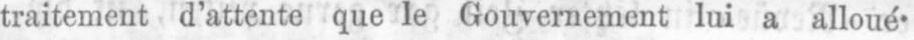
traitement d’attente que le Gouvernement lui a alloué